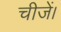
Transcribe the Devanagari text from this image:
चीजें।